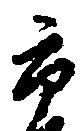
市